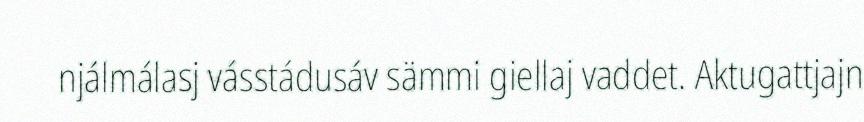
njálmálasj vásstádusáv sämmi giellaj vaddet. Aktugattjajn